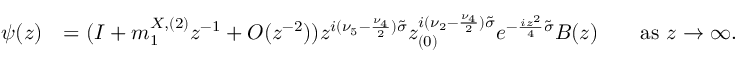
\begin{array} { r l } { \psi ( z ) } & { = ( I + m _ { 1 } ^ { X , ( 2 ) } z ^ { - 1 } + O ( z ^ { - 2 } ) ) z ^ { i ( \nu _ { 5 } - \frac { \nu _ { 4 } } { 2 } ) \tilde { \sigma } } z _ { ( 0 ) } ^ { i ( \nu _ { 2 } - \frac { \nu _ { 4 } } { 2 } ) \tilde { \sigma } } e ^ { - \frac { i z ^ { 2 } } { 4 } \tilde { \sigma } } B ( z ) \qquad \mathrm { a s ~ } z \to \infty . } \end{array}